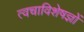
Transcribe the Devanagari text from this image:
त्वचाविशेषज्ञों